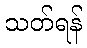
သတ်ရန်